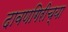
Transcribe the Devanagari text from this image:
दावणगिरीच्या